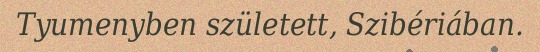
Tyumenyben született, Szibériában.